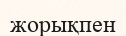
жорықпен